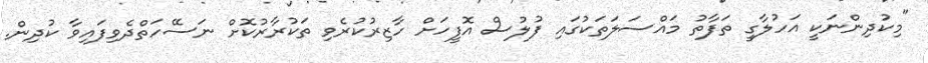
"މިކުދިންނަކީ އަހުލާގީ ތަފާތު މައްސަލަތަކުގައި ފުލުސް އޮފީހަށް ހާޒިރުކުރެވި ތަކުރާރުކޮށް ނަސޭހަތްދެވިފައިވާ ކުދިން.